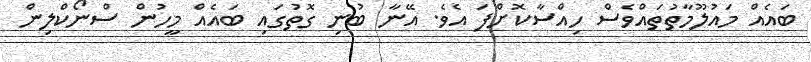
ބައެއް މައުލޫމާތުތައްވެސް ހިއްސާކޮށްފަ އެވެ. އޭނާ ބުނި ގޮތުގައި ބައެއް މީހުން ސްނޯކްލިން